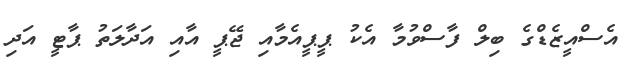
އެސްއީޒެޑްގެ ބިލް ފާސްވުމާ އެކު ޕީޕީއެމާއި ޖޭޕީ އާއި އަދާލަަތު ޕާޓީ އަދި